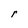
Character: r